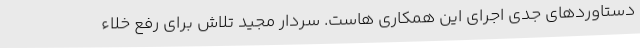
دستاوردهای جدی اجرای این همکاری هاست. سردار مجید تلاش برای رفع خلاء